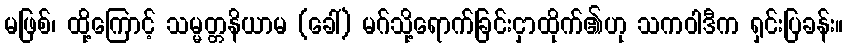
မဖြစ်၊ ထို့ကြောင့် သမ္မတ္တနိယာမ (ခေါ်) မဂ်သို့ရောက်ခြင်းငှာထိုက်၏ဟု သကဝါဒီက ရှင်းပြခန်း။